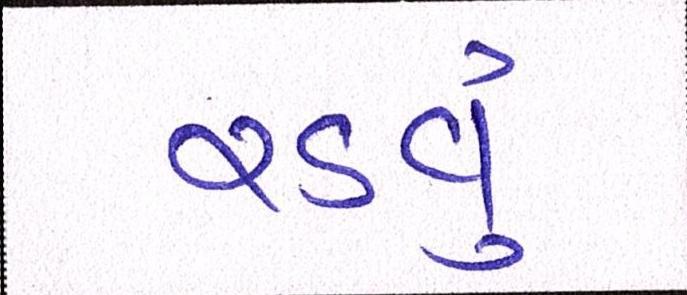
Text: રડવું